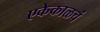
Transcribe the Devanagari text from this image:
एकेकाळचं